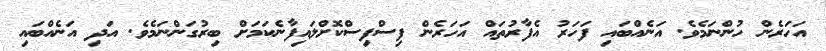
އަހަރެން ހުންނަމެވެ. އަނެއްބައި ފަހަރު އެފާރުތައް އަހަރެން ފިސްފިސްކޮށްލައިފާނެކަމަށް ބިރުގަންނަމެވެ. އަދި އަނެއްބައި